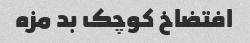
افتضاخ کوچک بد مزه